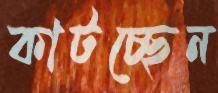
কাটচ্ছেন